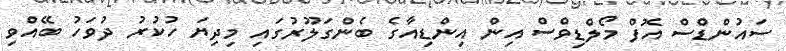
ސައުންޑްސް އޮފް މޯލްޑިވްސް އިން އިންޑިއާގެ ބެންގަލޫރުގައި މިދިޔަ ހުކުރު ދުވަހު ބޭއްވި